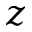
z